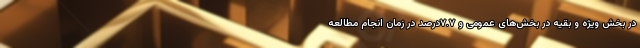
در بخش ویژه و بقیه در بخش‌های عمومی و ۷.۷درصد در زمان انجام مطالعه